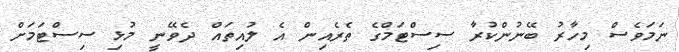
ނަމަވެސް މިހާރު ބޭނުންކުރާ ސިސްޓަމްގެ ތެރެއިން އެ ލުއިތައް ދެވޭނީ މުޅި ސިސްޓަމަށް